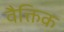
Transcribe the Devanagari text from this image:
वैक्तिक